system: You are a helpful assistant.
user:
Analyze the provided spectrum to determine if it is a **Carbon Star (C-type)**.

- **Key Visual Indicators of Carbon Star:**
    - **(Primary):** Strong molecular absorption from **C₂ (diatomic carbon) "Swan Bands."** This is the **defining feature** of a carbon star.
        - **(Key Bandheads):** Sharp absorption edges are visible at approximately $5635$ Å, $5165$ Å (the strongest band), and $4737$ Å.
        - **(Line Profile):** Creates a distinct **"saw-tooth"** pattern. The key morphology is a sharp, steep bandhead on the **red (long-wavelength) side**, which then gradually tapers off (i.e., flux recovers) towards the **blue (short-wavelength) side**. *(This is the direct opposite of the TiO bands seen in M-type stars)*.

    - **(Secondary):** Intense **CN (cyanogen)** molecular absorption bands.
        - **(Key Bandheads):** Located in the blue and violet regions of the spectrum (e.g., near $4215$ Å and $3883$ Å).
        - **(Morphology):** These bands are extremely broad and act as a "blanket," absorbing the vast majority of blue and violet light. This creates a characteristic **"cliff"** or **"steep drop-off"** in the spectrum's flux at short wavelengths.

    - **(Key Confirmation):** Strong **CH absorption band (G-band)**.
        - **(Key Bandhead):** Located around $4300$ Å. The contribution from CH molecules to this band is exceptionally strong.

    - **(Overall Spectrum):**
        - The continuum is severely "chopped up" by these deep molecular bands, especially C₂, rather than appearing as a smooth curve.
        - Due to the heavy CN and C₂ absorption in the blue-green, the vast majority of the star's flux is concentrated in the red part of the spectrum, giving the star its characteristic deep red color.

Think first, call **spectral_visualization_tool** if needed to examine features in detail, then provide your final answer. Your response must adhere to the following strict rules:
1.  **Overall Structure:** Your response must follow the format `<think>...</think> <tool_call>...</tool_call> (if a tool is used) <answer>...</answer>`.
2.  **Tool Usage Constraint:** You may only make **one** tool call per turn.
3.  **Final Answer Format:** In the `<answer>` tag, your conclusion must be inside a `\boxed{}` command (e.g., `\boxed{YES}`), followed by your justification.

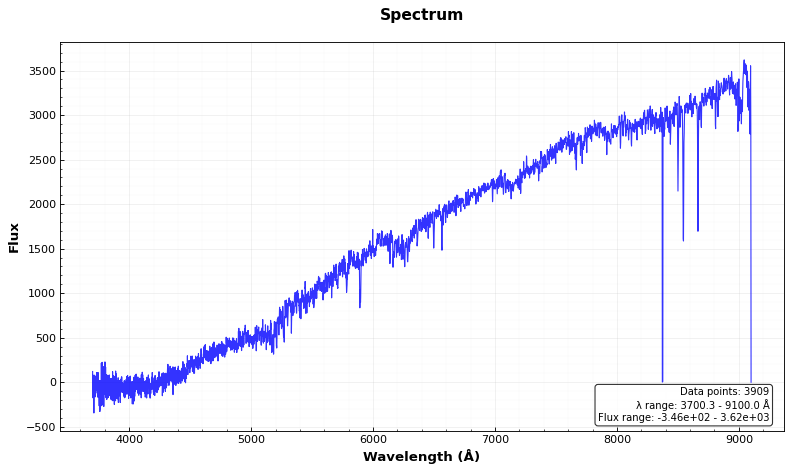
Answer: NO